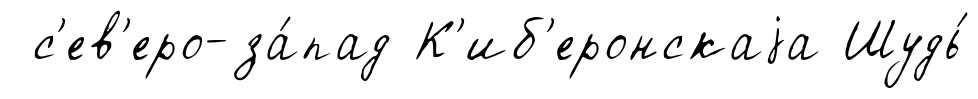
с'ев'еро-за́пад К'иб'еронскаjа Шудь́